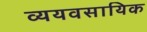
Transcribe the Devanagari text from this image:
व्ययवसायिक